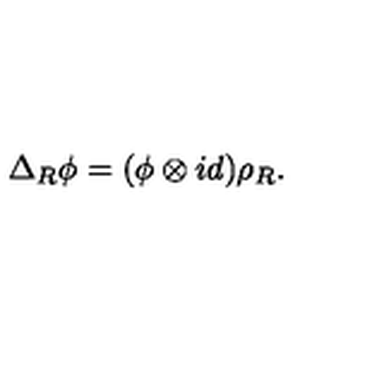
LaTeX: \Delta _ { R } \phi = ( \phi \otimes i d ) \rho _ { R } .